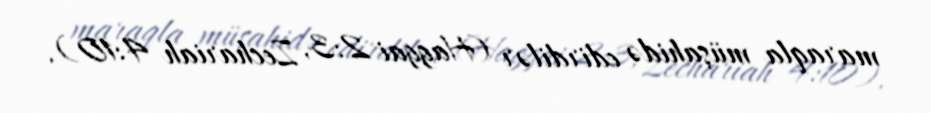
maraqla müşahidə edirdilər (Haggai 2:3, Zechariah 4:10).